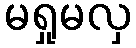
မရှုမလှ